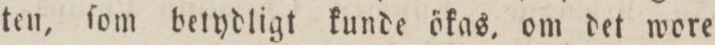
ten, ſom betydligt kunde ökas, om det wore